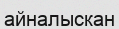
айналыскан